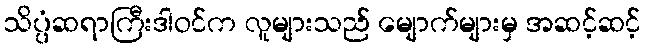
သိပ္ပံဆရာကြီးဒါဝင်က လူများသည် မျောက်များမှ အဆင့်ဆင့်